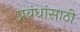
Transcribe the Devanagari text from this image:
प्रबंधांसाठी